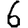
Digit: 6